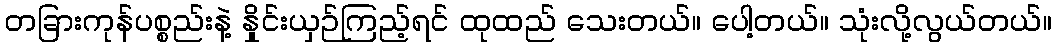
တခြားကုန်ပစ္စည်းနဲ့ နှိုင်းယှဉ်ကြည့်ရင် ထုထည် သေးတယ်။ ပေါ့တယ်။ သုံးလို့လွယ်တယ်။